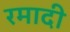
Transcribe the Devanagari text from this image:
रमादी